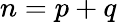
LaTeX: n=p+q